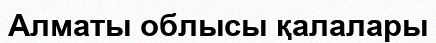
Алматы облысы қалалары